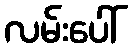
လမ်းပေါ်